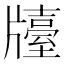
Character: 𤗿